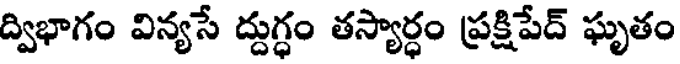
ద్విభాగం విన్యసే ద్దుగ్ధం తస్యార్ధం ప్రక్షిపేద్ ఘృతం